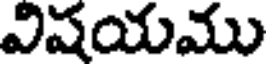
విషయము